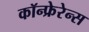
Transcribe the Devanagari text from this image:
कॉन्फ्रेरेन्स